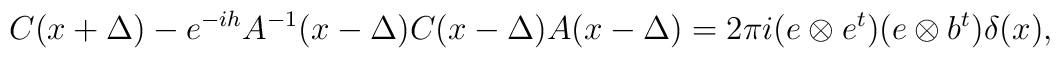
C(x+\Delta )-e^{-ih}A^{-1}(x-\Delta )C(x-\Delta )A(x-\Delta )= 2\pi i (e\otimes e^t) (e\otimes b^t)  \delta(x),